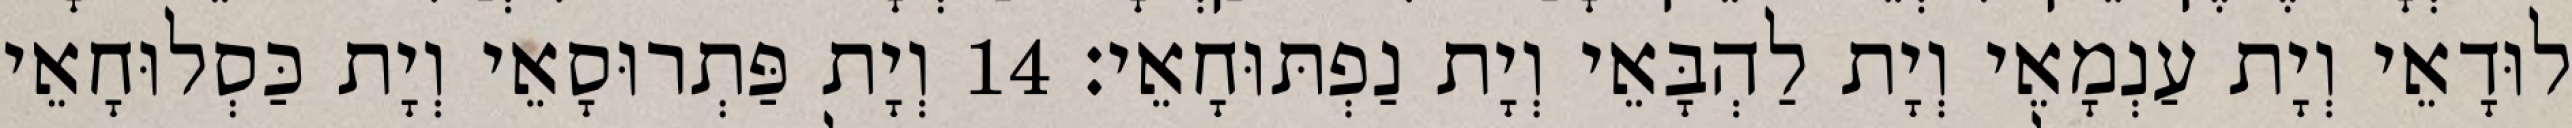
לוּדָאֵי וְיָת עַנְמָאֵי וְיָת לַהְבָּאֵי וְיָת נַפְתּוּחָאֵי׃ 14 וְיָת פַּתְרוּסָאֵי וְיָת כַּסְלוּחָאֵי